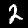
Digit: 2